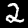
Digit: 2